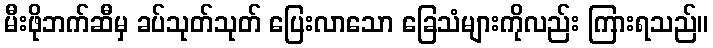
မီးဖိုဘက်ဆီမှ ခပ်သုတ်သုတ် ပြေးလာသော ခြေသံများကိုလည်း ကြားရသည်။